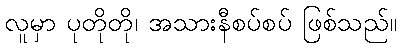
လူမှာ ပုတိုတို၊ အသားနီစပ်စပ် ဖြစ်သည်။